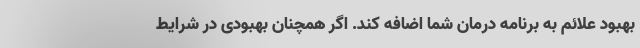
بهبود علائم به برنامه درمان شما اضافه کند. اگر همچنان بهبودی در شرایط